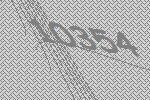
10354